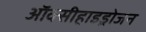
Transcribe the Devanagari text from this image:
ऑक्सीहाइड्रोजन